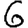
Digit: 6